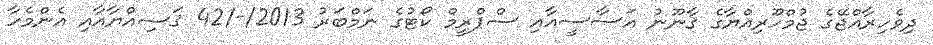
ދިވެހިރާއްޖޭގެ ޖުމްހޫރިއްޔާގެ ޤާނޫނު އަސާސީއާއި ސްޕްރީމް ކޯޓުގެ ނަމްބަރު 2013/-/42 ޤަޟިއްޔާއާއި އެންމެހާ